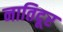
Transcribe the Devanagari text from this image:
नातिदूर